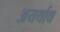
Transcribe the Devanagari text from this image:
अयर्थाथ